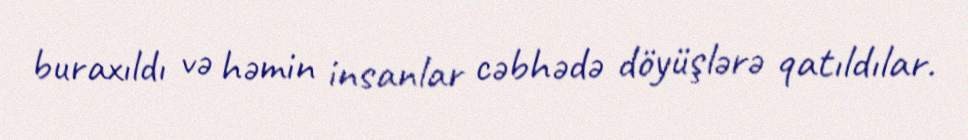
buraxıldı və həmin insanlar cəbhədə döyüşlərə qatıldılar.